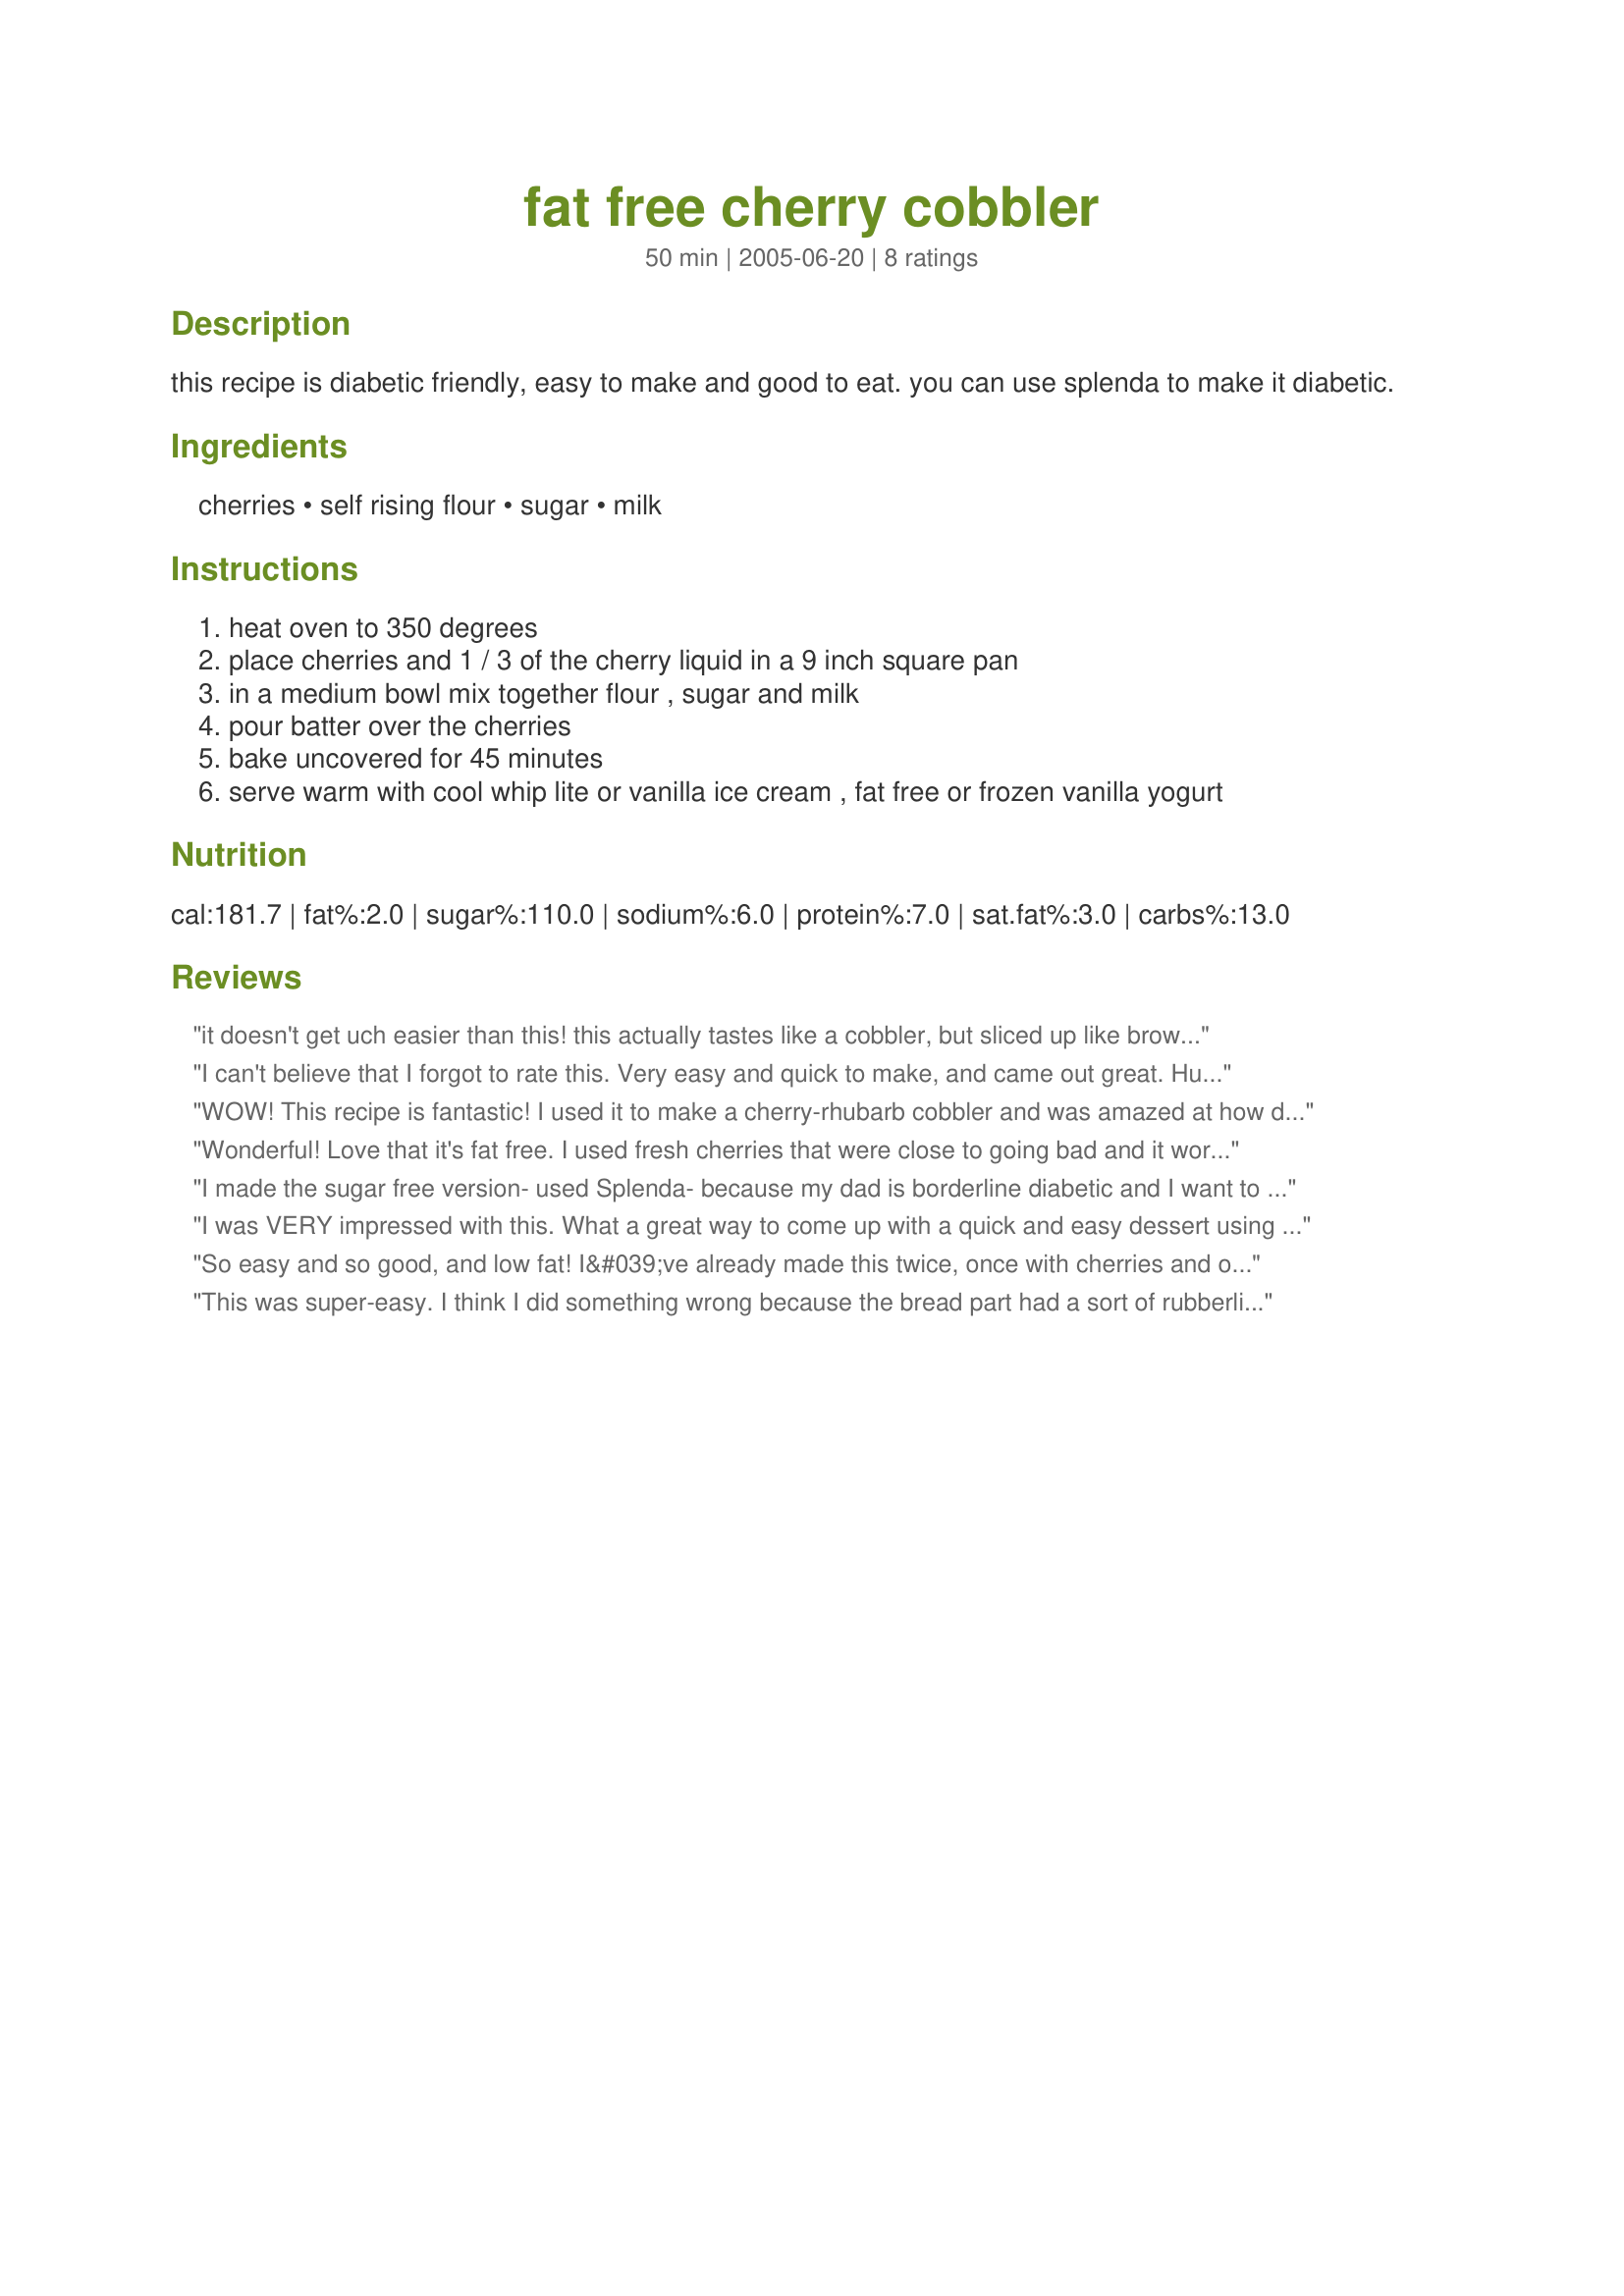
fat free cherry cobbler
Preparation time: 50 minutes

this recipe is diabetic friendly, easy to make and good to eat. you can use splenda to make it diabetic.

Ingredients:
cherries, self rising flour, sugar, milk

Steps:
heat oven to 350 degrees
place cherries and 1 / 3 of the cherry liquid in a 9 inch square pan
in a medium bowl mix together flour , sugar and milk
pour batter over the cherries
bake uncovered for 45 minutes
serve warm with cool whip lite or vanilla ice cream , fat free or frozen vanilla yogurt

Reviews:
it doesn't get uch easier than this! this actually tastes like a cobbler, but sliced up like brownies into nice neat squares. we loved the taste and the convenience of this.
I can't believe that I forgot to rate this. Very easy and quick to make, and came out great. Hubby and I both do Weight Watchers, and I got 2 points a serving, which was a very nice size portion! Will definitely make again.
WOW! This recipe is fantastic! I used it to make a cherry-rhubarb cobbler and was amazed at how delicious it tasted. The custard became very thick and the fruit melted into some kind of a compote. Yum! I used fresh fruit and didnt need any additional water. I would have never thought that this would work out, but it did brilliantly. Thanks so much for sharing this wonderful recipe with us, Mandabears! I will surely make this often again using different sorts of fruit and maybe adding some vanilla or cinnamon to the batter.
Wonderful! Love that it's fat free. I used fresh cherries that were close to going bad and it worked out great. I think this is the cobbler I'll use quite often. Thanks so much!
I made the sugar free version- used Splenda- because my dad is borderline diabetic and I want to make him a special dessert for Thanksgiving. I tried this out on friends and it is very very good. I was a little concerned because the "crust" seemed really runny, but it baked up very nice. This will definitely be my go to cobbler recipe.
I was VERY impressed with this. What a great way to come up with a quick and easy dessert using ingredients that you most likely will have on hand. Whether you are a diabetic or not, this is a winner. I will be making this a lot! Thanks for sharing Mandabears.
So easy and so good, and low fat! I&#039;ve already made this twice, once with cherries and once with plums. Both turned out really well! Thanks for the great recipe!
This was super-easy. I think I did something wrong because the bread part had a sort of rubberlike texture. That won't stop me from trying again until I get it right. The flavor was great and I love that it didn't have any butter!
